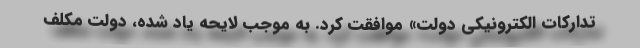
تدارکات الکترونیکی دولت» موافقت کرد. به موجب لایحه یاد شده، دولت مکلف